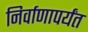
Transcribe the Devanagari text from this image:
निर्वाणापर्यंत